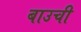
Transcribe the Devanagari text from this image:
बाउची